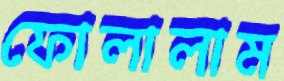
ফোলালাম